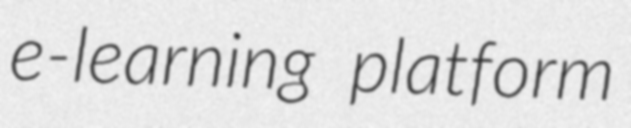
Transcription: e-learning platform